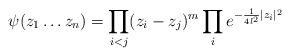
LaTeX: \begin{align*}\psi(z_1\ldots z_n)=\prod_{i<j} (z_i -z_j )^m\prod_i e^{-\frac{1}{4 l^2}|z_i|^2}\end{align*}